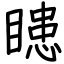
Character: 瞣